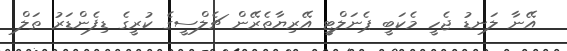
އޭނާ ލަނޑު ޖެހީ މެކަބީ ޕެނަލްޓީ އޭރިޔާތެރޭން ޗެލްސީގެ ކުރީގެ ޑިފެންޑަރު ތަލް